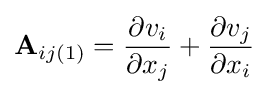
\mathbf {A} _{ij(1)}={\frac {\partial v_{i}}{\partial x_{j}}}+{\frac {\partial v_{j}}{\partial x_{i}}}